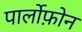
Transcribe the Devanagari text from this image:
पार्लोफ़ोन